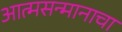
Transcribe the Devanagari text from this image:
आत्मसन्मानाचा